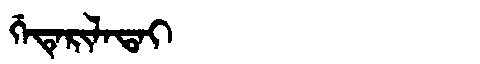
Manchu: ᡤᡝᡨᡝᡵᡳᠯᠠᡨᠠᡳ
Romanization: GETERILATAI